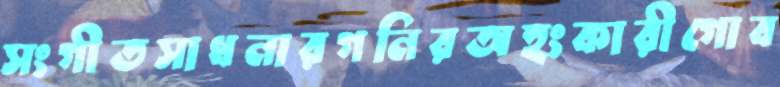
সংগীতসাধনারগনিরঅহংকারীগোব